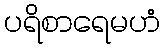
ပရိစာရေမဟံ